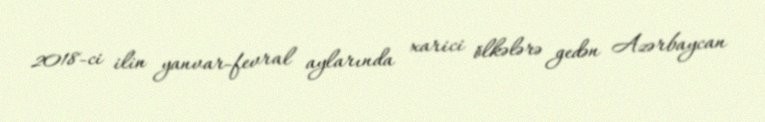
2018-ci ilin yanvar-fevral aylarında xarici ölkələrə gedən Azərbaycan